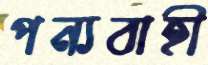
পন্যবাহী